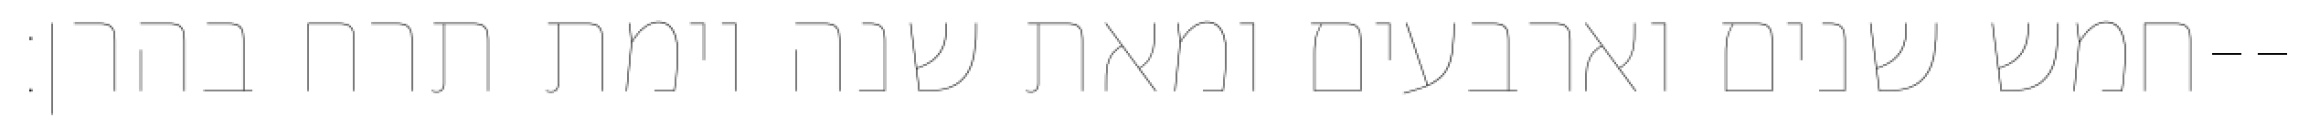
חמש שנים וארבעים ומאת שנה וימת תרח בהרן׃--